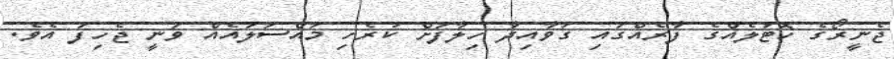
ޖެނީރޯގެ ހޮޓަލެއްގެ ފާރެއްގައި ގަވާއިދާ ހިލާފަށް ކުރެހި މައްސަލައެއް ވަނީ ޖެހިފަ އެވެ.